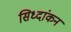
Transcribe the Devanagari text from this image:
सिध्दांकन